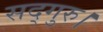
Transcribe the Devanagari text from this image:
सद्गुरु।